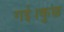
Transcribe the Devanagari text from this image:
गई।कुछ